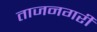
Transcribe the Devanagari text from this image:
ताजनगरी